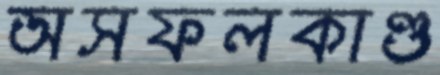
অসফলকাণ্ড